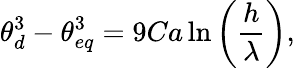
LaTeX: \theta_{d}^{3}-\theta_{eq}^{3}=9Ca\ln\left(\frac{h}{\lambda}\right),